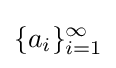
\{a_{i}\}_{i=1}^{\infty }